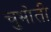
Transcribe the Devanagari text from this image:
चुभोती